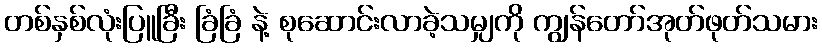
တစ်နှစ်လုံးပြူခြီး ခြံခြံ နဲ့ စုဆောင်းလာခဲ့သမျှကို ကျွန်တော်အုတ်ဖုတ်သမား